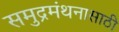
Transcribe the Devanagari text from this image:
समुद्रमंथनासाठी